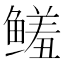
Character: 𱈌